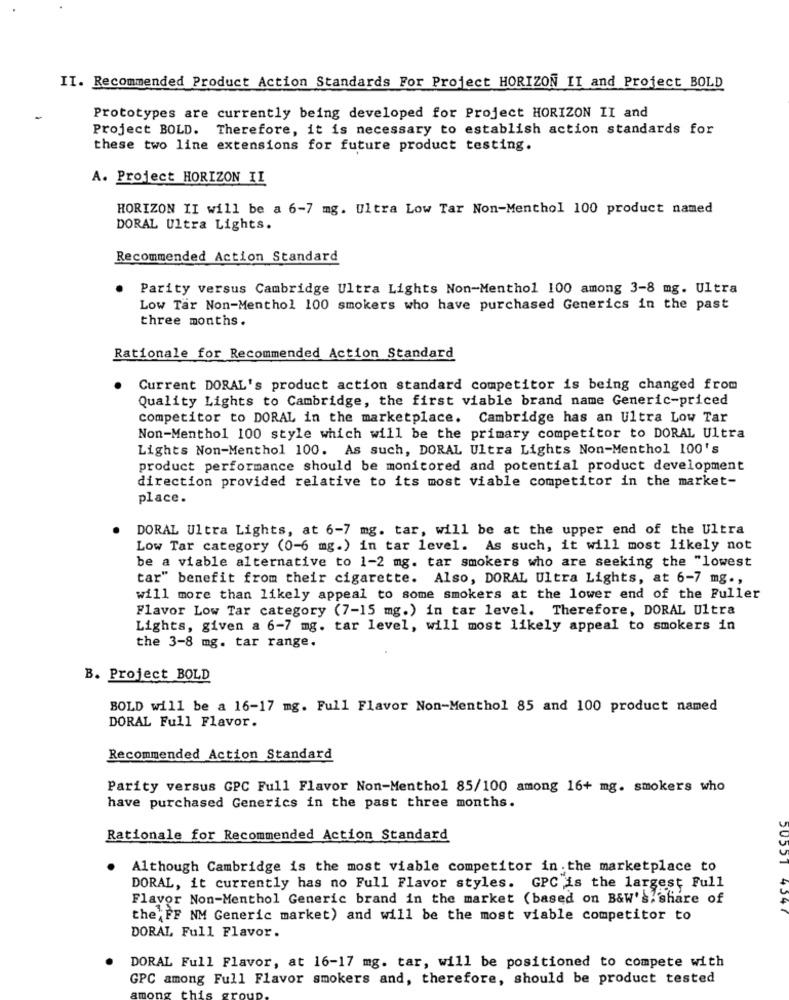
IT. Recommended Product Action Standards For Project HORIZON II and Project BOLD
Prototypes are currently being developed for Project HORIZON II and
Project BOLD. Therefore, it is necessary to establish action standards for
these two line extensions for future product testing.
A. Project HORIZON IL
HORIZON II will be a 6-7 mg. Ultra Low Tar Non-Menthol 100 product named
DORAL Ultra Lights.
Recommended Action Standard
Parity versus Cambridge Ultra Lights Non-Menthol 100 among 3-8 mg. Ultra
Low Tar Non-Menthol 100 smokers who have purchased Generics in the past
three months.
Rationale for Recommended Action Standard
Current DORAL's product action standard competitor is being changed from
Quality Lights to Cambridge, the first viable brand name Generic-priced
competitor to DORAL in the marketplace. Cambridge has an Ultra Low Tar
Non-Menthol 100 style which will be the primary competitor to DORAL Ultra
Lights Non-Menthol 100. As such, DORAL Ultra Lights Non-Menthol 100's
product performance should be monitored and potential product development
direction provided relative to its most viable competitor in the market-
place.
DORAL Ultra Lights, at 6-7 mg. tar, will be at the upper end of the Ultra
Low Tar category (0-6 mg.) in tar level. As such, it will most likely not
be a viable alternative to 1-2 mg. tar smokers who are seeking the "lowest
tar" benefit from their cigarette. Also, DORAL Ultra Lights, at 6-7 mg .,
will more than likely appeal to some smokers at the lower end of the Fuller
Flavor Low Tar category (7-15 mg.) in tar level. Therefore, DORAL Ultra
Lights, given a 6-7 mg. tar level, will most likely appeal to smokers in
the 3-8 mg. tar range.
B. Project BOLD
BOLD will be a 16-17 mg. Full Flavor Non-Menthol 85 and 100 product named
DORAL Full Flavor.
Recommended Action Standard
Parity versus GPC Full Flavor Non-Menthol 85/100 among 16+ mg. smokers who
have purchased Generics in the past three months.
Rationale for Recommended Action Standard
Although Cambridge is the most viable competitor in.the marketplace to
DORAL, it currently has no Full Flavor styles. GPC is the largest Full
Flavor Non-Menthol Generic brand in the market (based on B&W's. share of
4547
the FF NM Generic market) and will be the most viable competitor to
DORAL, Full Flavor.
DORAL Full Flavor, at 16-17 mg. tar, will be positioned to compete with
GPC among Full Flavor smokers and, therefore, should be product tested